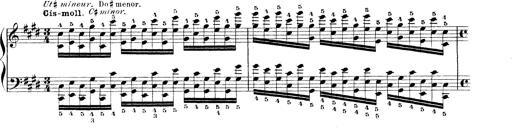
Title: Technische Studien
Composer: Franz Liszt